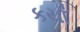
કયાઁ